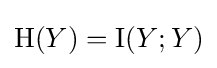
\mathrm {H} (Y)=\operatorname {I} (Y;Y)